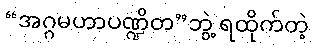
“အဂ္ဂမဟာပဏ္ဍိတ”ဘွဲ့ ရထိုက်တဲ့